Vaccination United Provinces of Agra and Oudh 1914-1922 - 1914-1922
Year: 1914
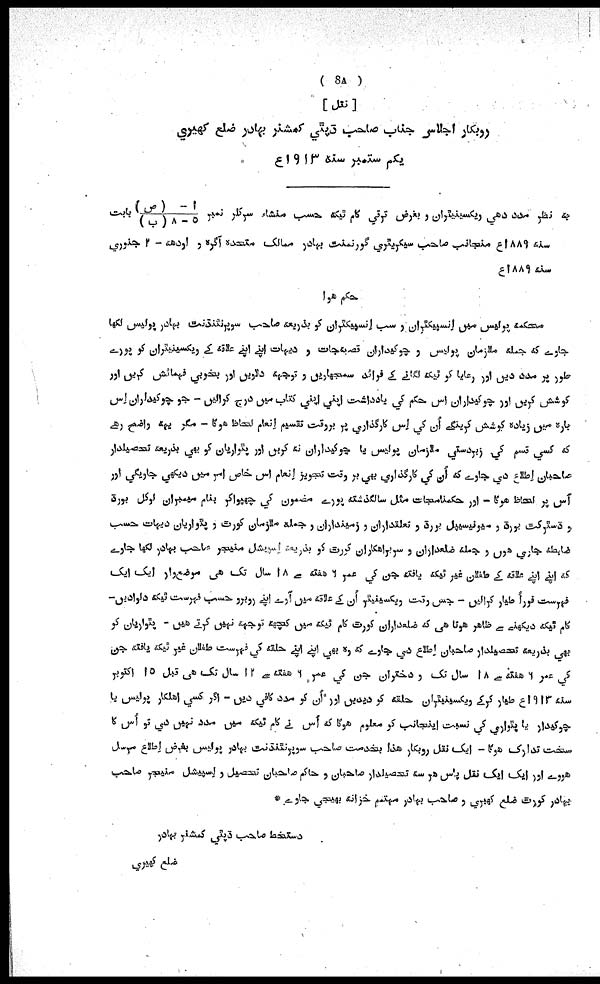
( 8A )